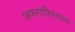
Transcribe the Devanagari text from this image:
अफगाणिस्ताना